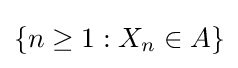
\{n\geq 1:X_{n}\in A\}